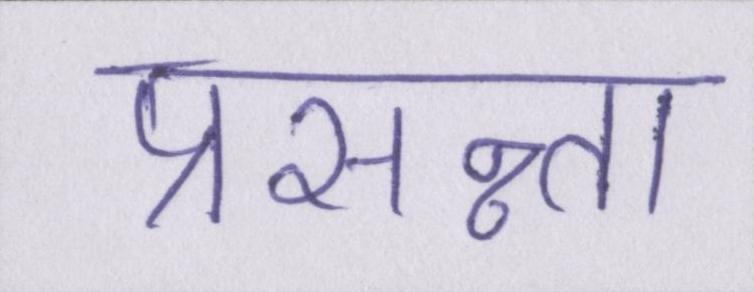
प्रसन्न्ता